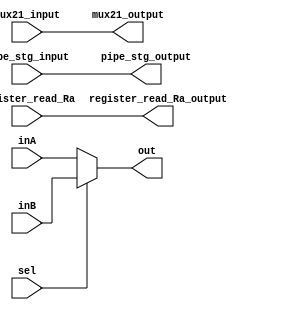
module WB_stg (
    input wire [7:0] inA,
    input wire [7:0] inB,
	 input wire [7:0] mux21_input,
    input wire sel,
	 input wire [1:0] register_read_Ra,
	 input wire [3:0] pipe_stg_input,
	 output wire [3:0] pipe_stg_output,
    output reg [7:0] out,
    output wire [7:0] mux21_output,
	 output wire [1:0] register_read_Ra_output);	
	

assign  mux21_output [7:0] = mux21_input[7:0];	
assign register_read_Ra_output [1:0] = register_read_Ra [1:0];
assign pipe_stg_output [3:0] = pipe_stg_input [3:0];

always@(inA,inB,sel)
begin
    if (sel == 0)
      begin
         out <= inA; // load imm
      end
    else 
      begin
         out <= inB; // everthing else
      end
end	 
endmodule